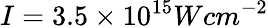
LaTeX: I=3.5\times 10^{15}Wcm^{-2}